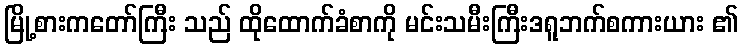
မြို့စားကတော်ကြီး သည် ထိုထောက်ခံစာကို မင်းသမီးကြီးဒရူဘက်စကားယား ၏